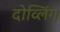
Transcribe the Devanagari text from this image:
दोव्लिंग